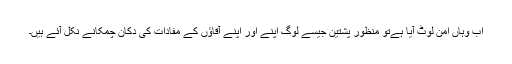
اب وہاں امن لوٹ آیا ہےتو منظور پشتین جیسے لوگ اپنے اور اپنے آقاؤں کے مفادات کی دکان چمکانے نکل آئے ہیں۔